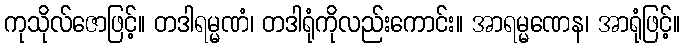
ကုသိုလ်ဇောဖြင့်။ တဒါရမ္မဏံ၊ တဒါရုံကိုလည်းကောင်း။ အာရမ္မဏေန၊ အာရုံဖြင့်။